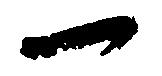
一